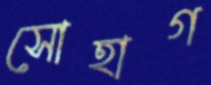
সোহাগ